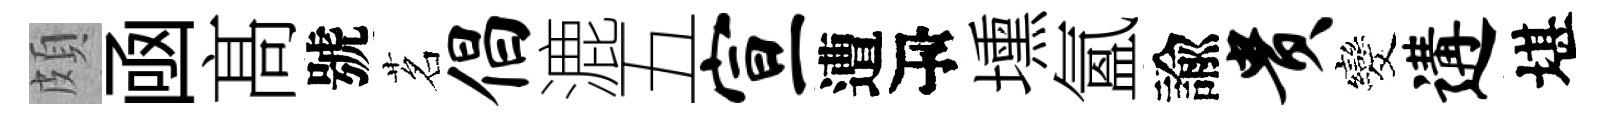
頗凾髙號茗倡漉五宣遭瓴壎氳諭贵发遘堪